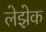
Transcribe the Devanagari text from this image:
लेझेक